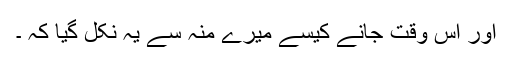
اور اس وقت جانے کیسے میرے منہ سے یہ نکل گیا کہ ۔